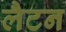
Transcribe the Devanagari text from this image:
लैटन